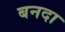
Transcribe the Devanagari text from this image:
बनदा